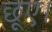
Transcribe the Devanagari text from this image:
छूए।